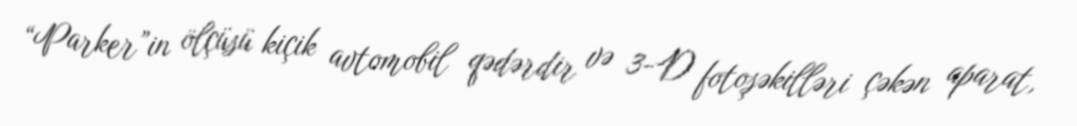
“Parker”in ölçüsü kiçik avtomobil qədərdir və 3-D fotoşəkilləri çəkən aparat,